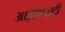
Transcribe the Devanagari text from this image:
आईएएसटी